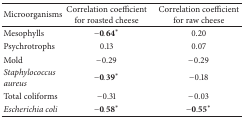
| Microorganisms | Correlation coefficient for roasted cheese | Correlation coefficient for raw cheese |
 | --- | --- | --- |
 | Mesophylls | −0.64∗ | 0.20 |
 | Psychrotrophs | 0.13 | 0.07 |
 | Mold | −0.29 | −0.29 |
 | Staphylococcus aureus | −0.39∗ | −0.18 |
 | Total coliforms | −0.31 | −0.03 |
 | Escherichia coli | −0.58∗ | −0.55∗ |